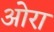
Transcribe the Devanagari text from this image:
ओरा